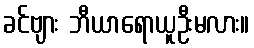
ခင်ဗျား ဘီယာရောယူဦးမလား။